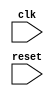
module uart_bus_controller (
    input wire clk,
    input wire reset,
    // other input/output ports
    
    // define modules for generating and controlling clock signals
    // define modules for synchronizing data signals
    // define FIFO buffers for storing data packets
    // define baud rate generators
    // define modules for detecting start and stop bits
    // define error detection and correction mechanisms
);

// Verilog code goes here

endmodule